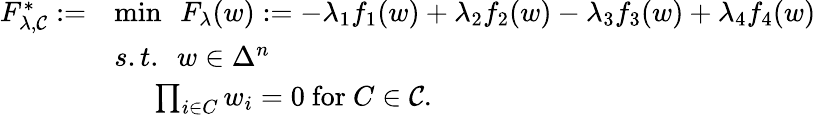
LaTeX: \begin{array}{rl}{F_{\lambda,{\cal C}}^{*}:=}&{\operatorname*{min}~~F_{\lambda}(w):=-\lambda_{1}f_{1}(w)+\lambda_{2}f_{2}(w)-\lambda_{3}f_{3}(w)+\lambda_{4}f_{4}(w)}\\ &{s.t.~~w\in\Delta^{n}}\\ &{~~~~~\prod_{i\in C}w_{i}=0~\mathrm{for}~C\in{\cal C}.}\end{array}